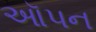
ઑપન